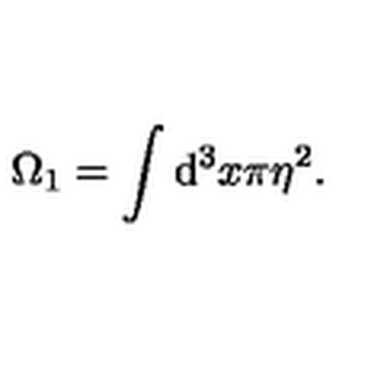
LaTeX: \Omega _ { 1 } = \int \mathrm { d } ^ { 3 } x \pi \eta ^ { 2 } .